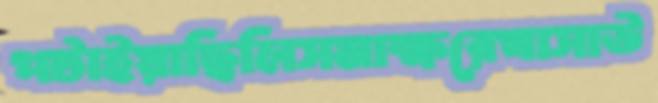
পটাইয়াছিলিসমাক্ষরেখাসাউ